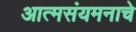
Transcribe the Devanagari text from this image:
आत्मसंयमनाचे